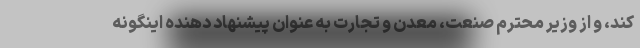
کند، و از وزیر محترم صنعت، معدن و تجارت به عنوان پیشنهاد دهنده اینگونه